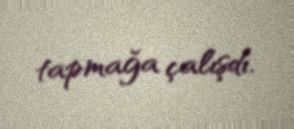
tapmağa çalışdı.